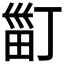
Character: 𤱹